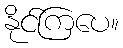
နိုင်ကြပေ။